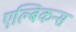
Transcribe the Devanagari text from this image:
एल्बिकन्स